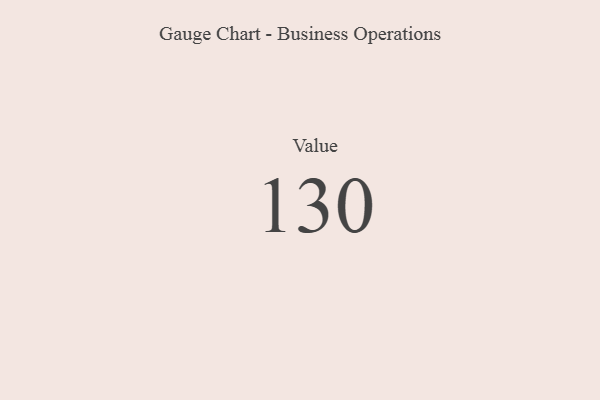
{"axis": {"x": "Metric", "y": "Value"}, "legend": [""], "data": [{"x": "Value", "y": 130, "type": ""}]}